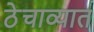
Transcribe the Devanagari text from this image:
ठेचाव्यात